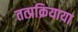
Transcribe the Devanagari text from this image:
तत्प्रक्रियाया